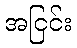
အငြင်း